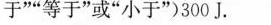
于””等于”或”小于”)300J。